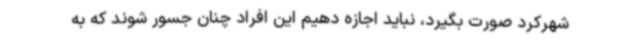
شهرکرد صورت بگیرد، نباید اجازه دهیم این افراد چنان جسور شوند که به